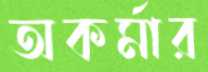
অকর্মার